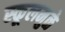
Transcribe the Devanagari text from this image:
स्कूलमुळे